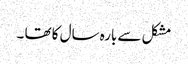
مشکل سے بارہ سال کا تھا ۔